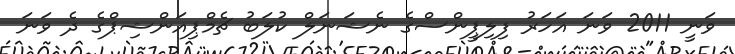
ވަނީ 2011 ވަނަ އަހަރު ފިލިޕީންސްގެ ނެޝަނަލް ކުލަބު ޗެމްޕިއަންޝިޕްގެ ދެ ވަނަ